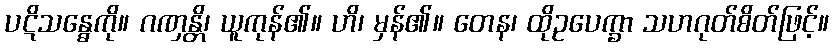
ပဋိသန္ဓေကို။ ဂဏှန္တိ၊ ယူကုန်၏။ ဟိ၊ မှန်၏။ တေန၊ ထိုဥပေက္ခာ သဟဂုတ်စိတ်ဖြင့်။